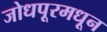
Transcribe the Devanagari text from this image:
जोधपूरमधून